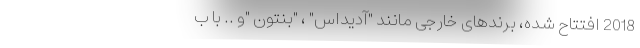
2018 افتتاح شده، برندهای خارجی مانند "آدیداس" ، "بنتون "و .. با ب